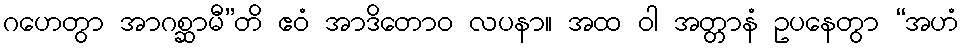
ဂဟေတွာ အာဂစ္ဆာမီ”တိ ဧဝံ အာဒိတောဝ လပနာ။ အထ ဝါ အတ္တာနံ ဥပနေတွာ “အဟံ